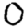
Digit: 0